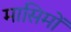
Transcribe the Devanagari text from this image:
मासिमों